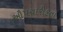
ઔપચારીકતા